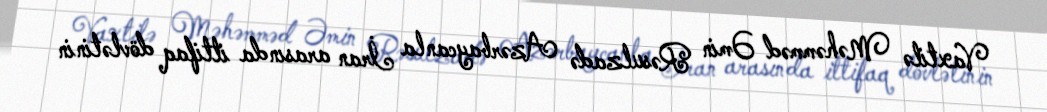
Vaxtilə Məhəmməd Əmin Rəsulzadə Azərbaycanla İran arasında ittifaq dövlətinin